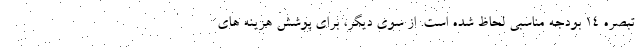
تبصره ۱۴ بودجه مناسبی لحاظ شده است. از سوی دیگر، برای پوشش هزینه های